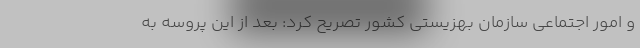
و امور اجتماعی سازمان بهزیستی کشور تصریح کرد: بعد از این پروسه به